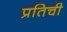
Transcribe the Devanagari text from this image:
प्रतिची